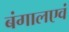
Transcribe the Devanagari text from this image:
बंगालएवं